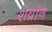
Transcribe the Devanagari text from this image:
शेव्रॉन